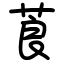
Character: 莨